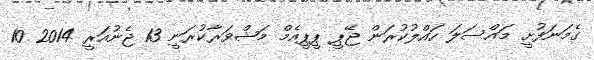
ގެމަނަފުށީ މައްސަލަ ހައްލުކުރަން ޖޭޕީ ޕީޕީއެމް މަޝްވަރާކުރަނީ 13 ޖެނުއަރީ 2014 10